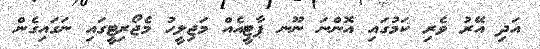
އަދި އޭރު ވެރި ކަމުގައި އޮންނަ ނޫނ ޕާޓީއެއް މަޖިލީހު މެޖޯރިޓީގައި ނަގައިގެން